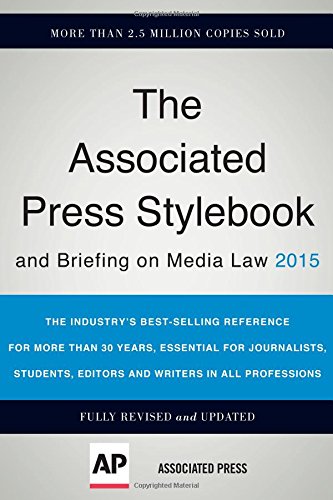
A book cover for Associated Press Stylebook 2015 and Briefing on Media Law; The Associated Press; Literature & Fiction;